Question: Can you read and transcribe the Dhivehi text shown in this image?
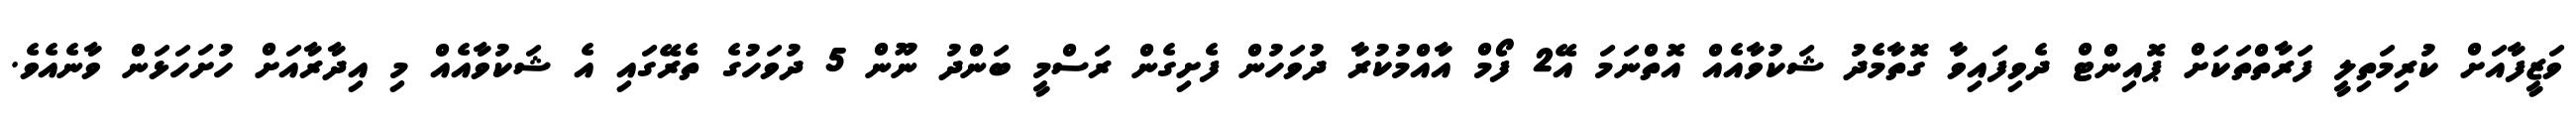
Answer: ވަޒީފާއަށް ކުރިމަތިލީ ފަރާތްތަކަށް ޕޮއިންޓް ދެވިފައިވާ ގޮތާމެދު ޝަކުވާއެއް އޮތްނަމަ އޭ2 ފޯމް އާއްމުކުރާ ދުވަހުން ފެށިގެން ރަސްމީ ބަންދު ނޫން 5 ދުވަހުގެ ތެރޭގައި އެ ޝަކުވާއެއް މި އިދާރާއަށް ހުށަހަޅަން ވާނެއެވެ.